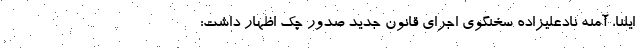
ایلنا، آمنه نادعلیزاده سخنگوی اجرای قانون جدید صدور چک اظهار داشت: